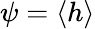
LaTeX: \psi=\langle h\rangle